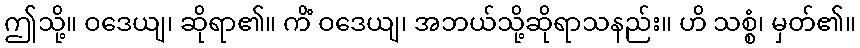
ဤသို့။ ဝဒေယျ၊ ဆိုရာ၏။ ကိံ ဝဒေယျ၊ အဘယ်သို့ဆိုရာသနည်း။ ဟိ သစ္စံ၊ မှတ်၏။